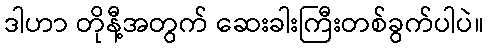
ဒါဟာ တိုနီ့အတွက် ဆေးခါးကြီးတစ်ခွက်ပါပဲ။